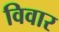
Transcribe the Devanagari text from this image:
विवार